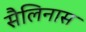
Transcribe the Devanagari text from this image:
सैलिनास